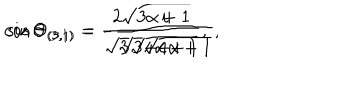
\cos \Theta _ { ( 3 , 1 ) } = - \frac { i } { \sqrt { 3 } \sqrt { 4 \alpha + 1 } } , \hspace { 1 c m } \sin \Theta _ { ( 3 , 1 ) } = \frac { 2 \sqrt { 3 \alpha + 1 } } { \sqrt { 3 } \sqrt { 4 \alpha + 1 } } ,